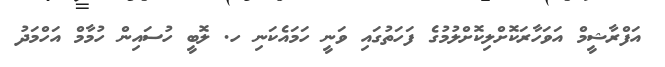
އަފްރާޝީމް އަވަހާރަކޮށްލިކޮށްލުމުގެ ފަހަތުގައި ވަނީ ހަމައެކަނި ހ. ލޮބީ ހުސައިން ހުމާމް އަހްމަދު